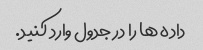
داده ها را در جدول وارد کنید.